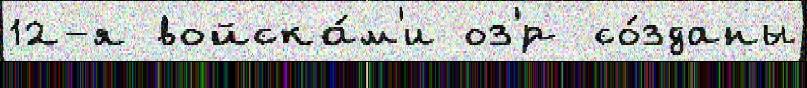
12-я войска́м'и оз'́р со́зданы